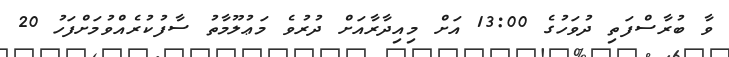
ވާ ބުރާސްފަތި ދުވަހުގެ 13:00 އަށް މިއިދާރާއަށް ދުރުވެ މަޢުލޫމާތު ސާފުކުރެއްވުމަށްފަހު 20